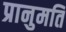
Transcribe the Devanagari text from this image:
प्रानुमति